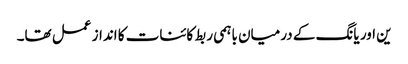
ین اور یانگ کے درمیان باہمی ربط کائنات کا انداز عمل تھا۔